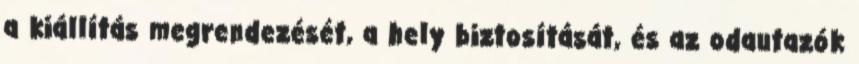
a kiállítás megrendezését, a hely biztosítását, és az odautazók